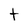
Character: t